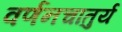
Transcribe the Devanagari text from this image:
वर्णनचातुर्य